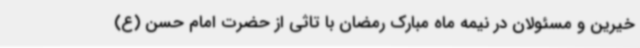
خیرین و مسئولان در نیمه ماه مبارک رمضان با تاثی از حضرت امام حسن (ع)